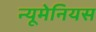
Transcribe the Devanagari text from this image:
न्यूमेनियस